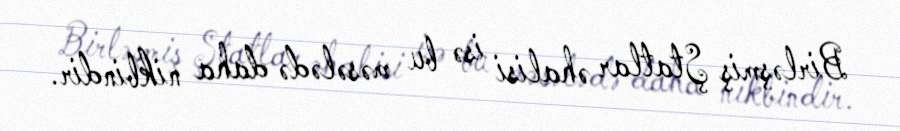
Birləşmiş Ştatlar əhalisi isə bu məsələdə daha nikbindir.